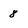
Character: 8